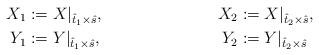
LaTeX: \begin{align*} X_1 &:= X|_{\hat t_1\times\hat s}, & X_2 &:= X|_{\hat t_2\times\hat s},\\ Y_1 &:= Y|_{\hat t_1\times\hat s}, & Y_2 &:= Y|_{\hat t_2\times\hat s}\end{align*}